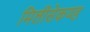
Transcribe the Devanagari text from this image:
मिलीसेकण्ड